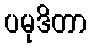
ပမုဒိတာ